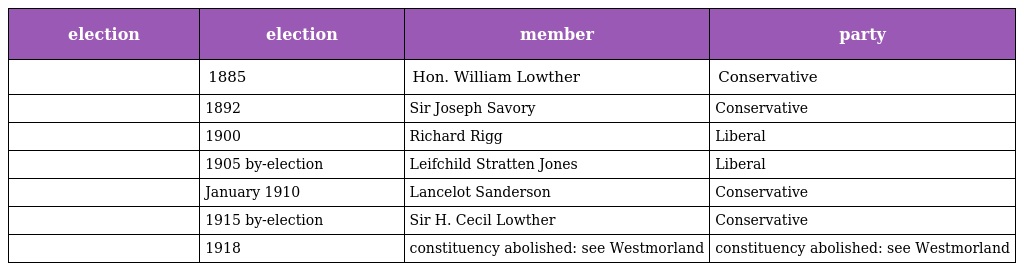
| election | election | member | party |
 | --- | --- | --- | --- |
 |  | 1885 | Hon. William Lowther | Conservative |
 |  | 1892 | Sir Joseph Savory | Conservative |
 |  | 1900 | Richard Rigg | Liberal |
 |  | 1905 by-election | Leifchild Stratten Jones | Liberal |
 |  | January 1910 | Lancelot Sanderson | Conservative |
 |  | 1915 by-election | Sir H. Cecil Lowther | Conservative |
 |  | 1918 | constituency abolished: see Westmorland | constituency abolished: see Westmorland |